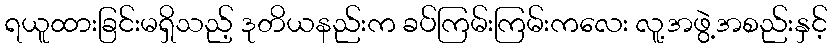
ရယူထားခြင်းမရှိသည့် ဒုတိယနည်းက ခပ်ကြမ်းကြမ်းကလေး လူ့အဖွဲ့အစည်းနှင့်